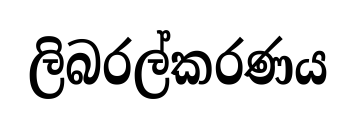
ලිබරල්කරණය